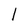
Character: l